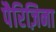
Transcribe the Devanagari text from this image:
पैरिज़िना